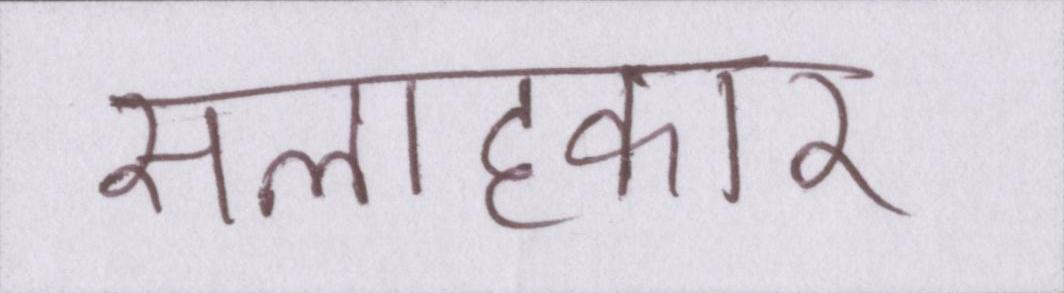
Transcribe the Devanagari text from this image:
सलाहकार